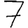
Digit: 7